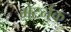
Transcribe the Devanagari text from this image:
मेटर्नक